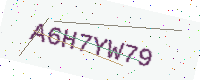
Text: A6H7YW79